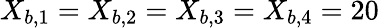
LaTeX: X_{b,1}=X_{b,2}=X_{b,3}=X_{b,4}=20